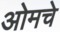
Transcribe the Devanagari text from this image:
ओमचे